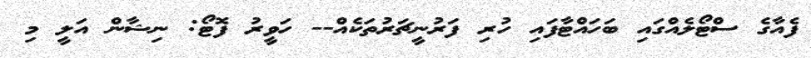
ފެއާގެ ސްޓޯލެއްގައި ބަހައްޓާފައި ހުރި ފަރުނީޗަރުތަކެއް-- ހަވީރު ފޮޓޯ: ނިޝާން އަލީ މި